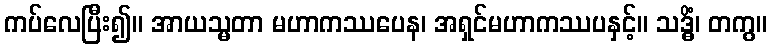
ကပ်လေပြီး၍။ အာယသ္မတာ မဟာကဿပေန၊ အရှင်မဟာကဿပနှင့်။ သဒ္ဓိံ၊ တကွ။